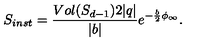
S _ { i n s t } = { \frac { V o l ( S _ { d - 1 } ) 2 | q | } { | b | } } e ^ { - { \frac { b } { 2 } } \phi _ { \infty } } .